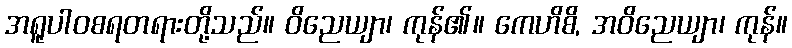
အရူပါဝစရတရားတို့သည်။ ဝိညေယျာ၊ ကုန်၏။ ကေဟိစိ, အဝိညေယျာ၊ ကုန်။